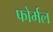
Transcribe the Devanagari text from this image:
फोर्मल